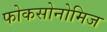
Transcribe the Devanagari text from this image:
फोकसोनोमिज